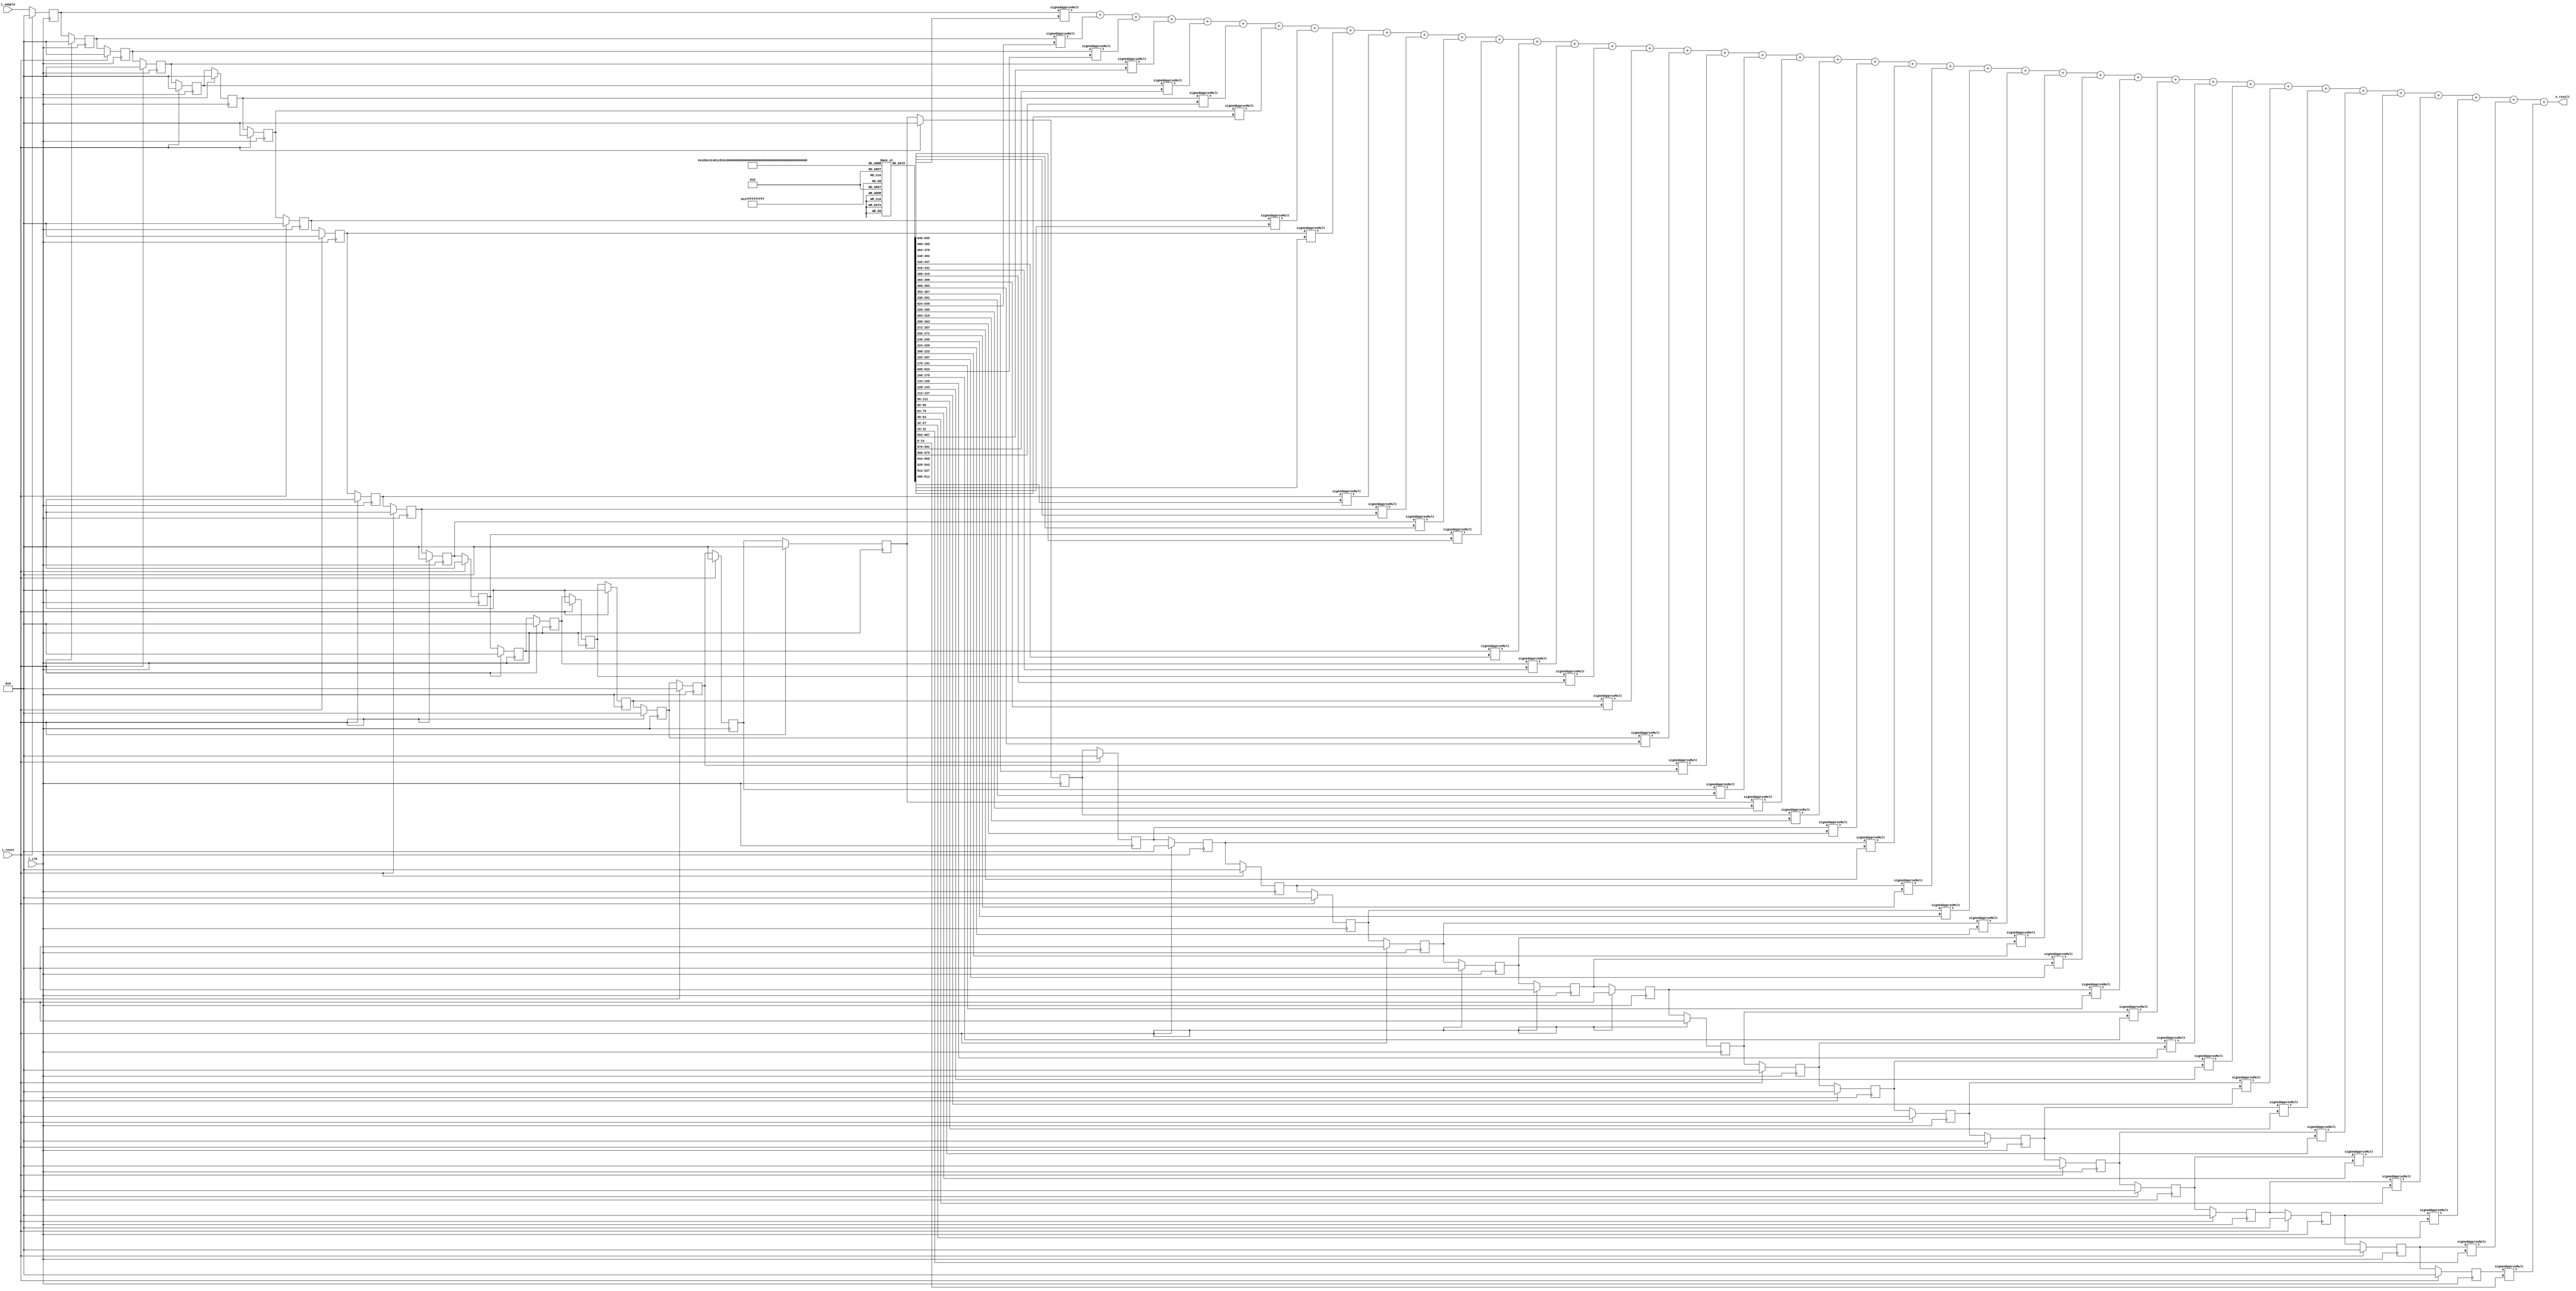
module GenericFIR (input i_clk, i_reset, input signed [15:0] i_sample,output [31:0] o_result);
    parameter NTAPS = 41, IW=16, TW=IW;
    //wire [(IW-1):0] i_sample;
    reg signed	[(TW-1):0] tap		[0:NTAPS-1];
	reg signed	[(IW-1):0] sample	[0:NTAPS-1];
    wire signed	[(TW+IW-1):0]	product [0:NTAPS-1];
    wire signed [(TW+IW-1):0] acc [0:NTAPS-1];

    integer	k;
	
    always @(posedge i_clk ) 
    begin
        if (i_reset) 
            for(k=0; k<NTAPS; k=k+1)
                begin
                sample[k] <= 16'b0000000000000000;
                end
        else
            begin 
                sample[0] <= i_sample;
                for(k=1; k<NTAPS; k=k+1)
	                begin
                        sample[k] <= sample[k-1];
                    end
            end
    end
    
    genvar i;
    generate
        //assign product[0] = sample[0]*tap[0];
        signedApproxMult M1(sample[0],tap[0],product[0]);
        assign acc[0] = product[0];
    for(i=1; i<NTAPS; i=i+1)
        begin
            
            //assign product[i] = sample[i]*tap[i];
            signedApproxMult Mx(sample[i],tap[i],product[i]);
            assign acc[i] = acc[i-1] + product[i];
            
        end
    endgenerate 

    assign o_result = acc[NTAPS-1];

    

endmodule

module signedApproxMult (
    A,B,Y
);
input signed [15:0] A,B;
output signed [31:0] Y;
wire signed [15:0] Anew,Bnew;
wire signed [31:0] Ynew;

twoComplement16bit Ab(A,Anew);
twoComplement16bit Ac(B,Bnew);
unsignedApproxMult16bit Ad(Anew,Bnew,Ynew);
twoComplement32bit Ae(A[15],B[15],Ynew,Y);

    
endmodule

module twoComplement16bit (A,Y);
input signed [15:0] A;
output reg signed [15:0] Y;
always @(*) begin
    if (A[15]==1) begin
        Y <= ~A + 1;
    end
    else Y<=A;
    
end
endmodule

module twoComplement32bit (M,N,A,Y);
input signed [31:0] A;
input M,N;
output reg signed [31:0] Y;
always @(*) begin
    if (M^N) begin
        Y <= ~A + 1;
    end
    else Y<=A;
    
end
endmodule

module unsignedApproxMult16bit (
    A,B,Y
);
input [15:0] A,B;
output [31:0] Y;
reg [2:0] peA,peB;
wire [3:0] xs1A,xs1B;
wire selA,selB;

// N/2 bit priority encoder stage

always @(*) begin
if(A[15] == 1) peA = 3'b111;
else if(A[14] == 1) peA = 3'b110;
else if(A[13] == 1) peA = 3'b101;
else if(A[12] == 1) peA = 3'b100;
else if(A[11] == 1) peA = 3'b011;
else if(A[10] == 1) peA = 3'b010;
else if(A[9] == 1) peA = 3'b001;
else if(A[8] == 1) peA = 3'b000;
else peA = 3'b000;    
end

always @(*) begin
if(B[15] == 1) peB = 3'b111;
else if(B[14] == 1) peB = 3'b110;
else if(B[13] == 1) peB = 3'b101;
else if(B[12] == 1) peB = 3'b100;
else if(B[11] == 1) peB = 3'b011;
else if(B[10] == 1) peB = 3'b010;
else if(B[9] == 1) peB = 3'b001;
else if(B[8] == 1) peB = 3'b000;
else peB = 3'b000;   
end

// excess one conversion stage
assign xs1A = peA + 1;
assign xs1B = peB + 1;

assign selA = A[15]|A[14]|A[13]|A[12]|A[11]|A[10]|A[9]|A[8];
assign selB = B[15]|B[14]|B[13]|B[12]|B[11]|B[10]|B[9]|B[8];

// shift selection
wire [3:0] shiftA, shiftB;
assign shiftA = selA?xs1A:4'b0000;
assign shiftB = selB?xs1B:4'b0000;

//barrel shifter
wire [15:0] Anew,Bnew;
assign Anew = (A>>shiftA);
assign Bnew = (B>>shiftB);

// N/2 bit exact multiplier 
wire [15:0] Yuncorr;
assign Yuncorr = Anew[7:0] * Bnew[7:0];

// Correction logic
wire [4:0] Fshift;
assign Fshift = shiftA + shiftB;
assign Y = Yuncorr<<Fshift;
    
endmodule